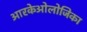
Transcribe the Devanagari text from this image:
आरकेओलोजिका